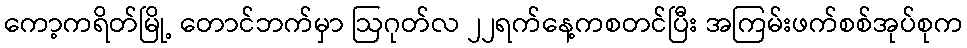
ကော့ကရိတ်မြို့ တောင်ဘက်မှာ ဩဂုတ်လ ၂၂ရက်နေ့ကစတင်ပြီး အကြမ်းဖက်စစ်အုပ်စုက